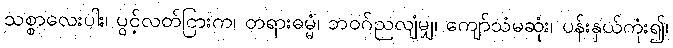
သစ္စာလေးပါး၊ ပွင့်လတ်ငြားက၊ တရားဓမ္မံ၊ ဘဝဂ်ညလျံမျှ၊ ကျော်သံမဆုံး၊ ပန်းနှယ်ကုံး၍၊